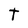
Character: t